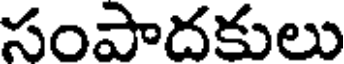
సంపాదకులు